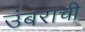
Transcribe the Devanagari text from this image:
उंबराची